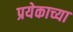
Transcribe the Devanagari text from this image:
प्रयेकाच्या